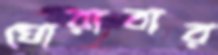
ঘোরাবার